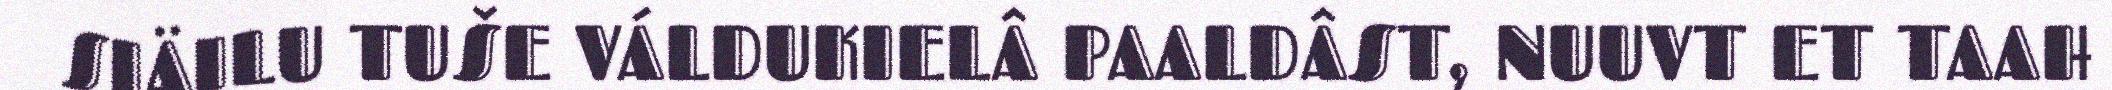
SIÄILU TUŠE VÁLDUKIELÂ PAALDÂST, NUUVT ET TAAH